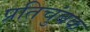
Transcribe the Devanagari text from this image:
प्रतिचुंबक